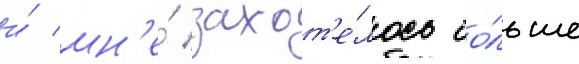
и́ мн'е́ захот'е́лось бо́льше